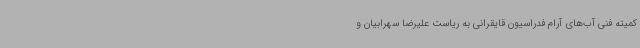
کمیته فنی آب‌های آرام فدراسیون قایقرانی به ریاست علیرضا سهرابیان و